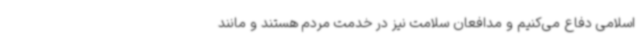
اسلامی دفاع می‌کنیم و مدافعان سلامت نیز در خدمت مردم هستند و مانند